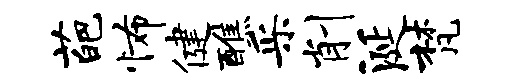
葩怖健醮采削涎梵